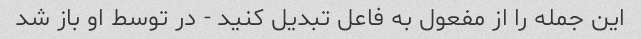
این جمله را از مفعول به فاعل تبدیل کنید - در توسط او باز شد